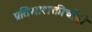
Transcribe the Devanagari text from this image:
प्रतिभाशक्तीचीही